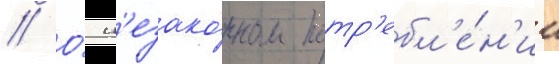
// О́ н'езако́нном потр'ебл'е́н'ии